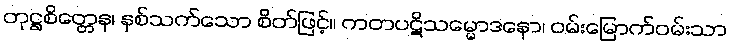
တုဋ္ဌစိတ္တေန၊ နှစ်သက်သော စိတ်ဖြင့်။ ကတပဋိသမ္မောဒနော၊ ဝမ်းမြောက်ဝမ်းသာ